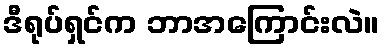
ဒီရုပ်ရှင်က ဘာအကြောင်းလဲ။